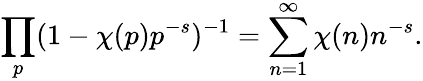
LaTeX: \prod_{p}(1-\chi(p)p^{-s})^{-1}=\sum_{n=1}^{\infty}\chi(n)n^{-s}.